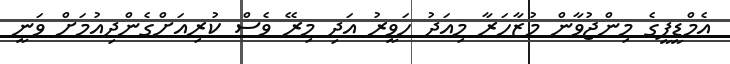
އެމްޑީޕީގެ މިންޖުވާން މުޒާހަރާ މިއަދު ހަވީރު އަދި މިރޭ ވެސް ކުރިއަށްގެންދިއުމަށް ވަނީ